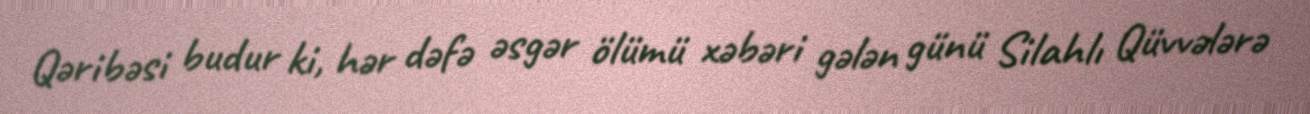
Qəribəsi budur ki, hər dəfə əsgər ölümü xəbəri gələn günü Silahlı Qüvvələrə